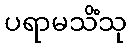
ပရာမသိံသု